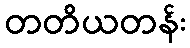
တတိယတန်း